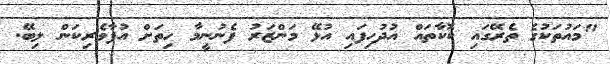
"މައުތަކުގެ ތެރޭގައި ކޮކާތައް އުދުހިފައި އުޅޭ މަންޒަރު ފެނުނީމާ ހިތަށް އުފާވެރިކަން ލިބޭ.